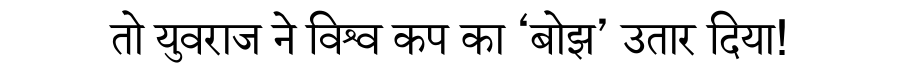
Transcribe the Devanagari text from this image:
तो युवराज ने विश्व कप का ‘बोझ’ उतार दिया!